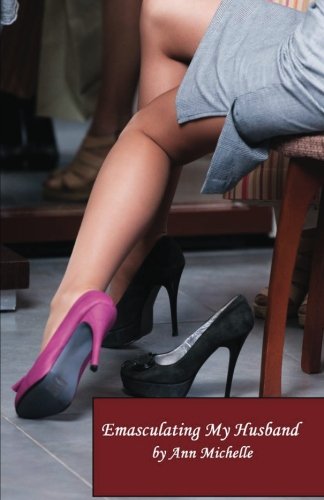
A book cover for Emasculating My Husband; Ann Michelle; Romance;